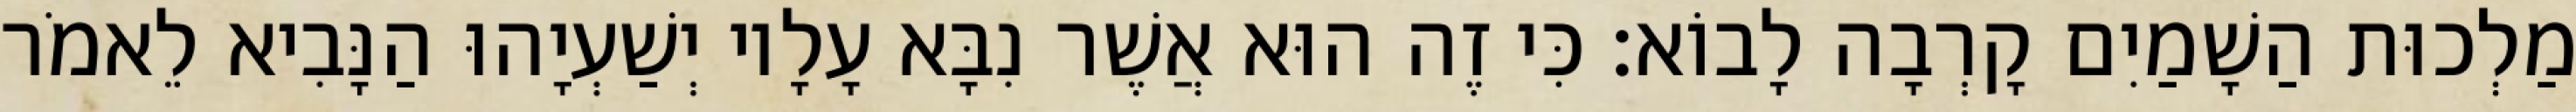
מַלְכוּת הַשָׁמַיִם קָרְבָה לָבוֹא׃ כִּי זֶה הוּא אֲשֶׁר נִבָּא עָלָיו יְשַׁעְיָהוּ הַנָּבִיא לֵאמֹר